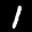
Digit: 1